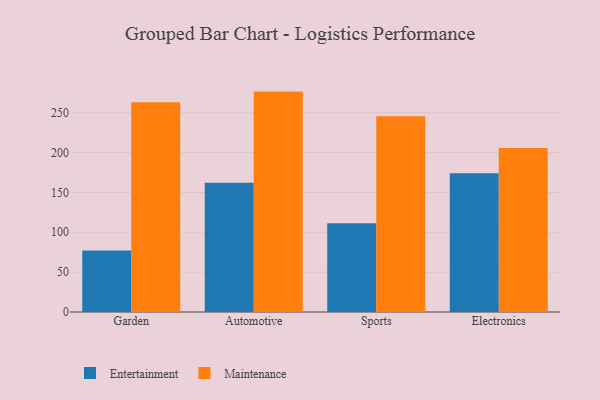
{"axis": {"x": "Category", "y": "Headcount"}, "legend": ["Entertainment", "Maintenance"], "data": [{"x": "Garden", "y": 77.2, "type": "Entertainment"}, {"x": "Garden", "y": 263.0, "type": "Maintenance"}, {"x": "Automotive", "y": 162.1, "type": "Entertainment"}, {"x": "Automotive", "y": 276.5, "type": "Maintenance"}, {"x": "Sports", "y": 111.4, "type": "Entertainment"}, {"x": "Sports", "y": 245.7, "type": "Maintenance"}, {"x": "Electronics", "y": 174.0, "type": "Entertainment"}, {"x": "Electronics", "y": 205.9, "type": "Maintenance"}]}